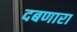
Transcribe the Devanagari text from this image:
दबणारा